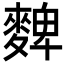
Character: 䴽